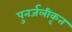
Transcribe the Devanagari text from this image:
पुनर्जलीकृत